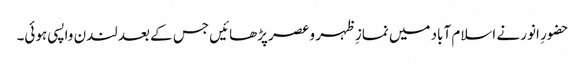
حضورِ انور نے اسلام آباد میں نمازِ ظہر و عصر پڑھائیں جس کے بعد لندن واپسی ہوئی۔